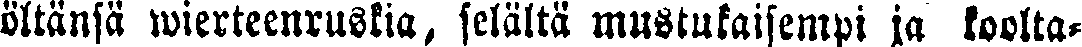
öltänsä wierteenruskia, selältä mustukaisempi ja koolta-